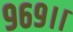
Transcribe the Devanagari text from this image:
९६९।।